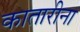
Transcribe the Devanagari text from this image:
कातारीना